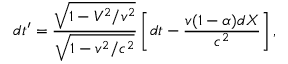
d t ^ { \prime } = \frac { \sqrt { 1 - V ^ { 2 } / v ^ { 2 } } } { \sqrt { 1 - v ^ { 2 } / c ^ { 2 } } } \left[ d t - \frac { v ( 1 - \alpha ) d X } { c ^ { 2 } } \right] ,